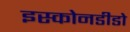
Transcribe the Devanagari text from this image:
इस्कोनडीडो